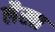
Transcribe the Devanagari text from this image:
लैखा